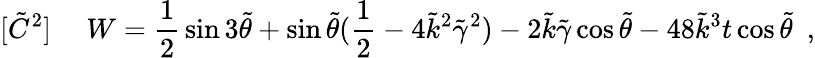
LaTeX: [\tilde{C}^{2}]~~~~~W={\frac{1}{2}}\sin{3\tilde{\theta}}+\sin{\tilde{\theta}}({\frac{1}{2}}-4\tilde{k}^{2}\tilde{\gamma}^{2})-2\tilde{k}\tilde{\gamma}\cos{\tilde{\theta}}-48\tilde{k}^{3}t\cos{\tilde{\theta}}~~,